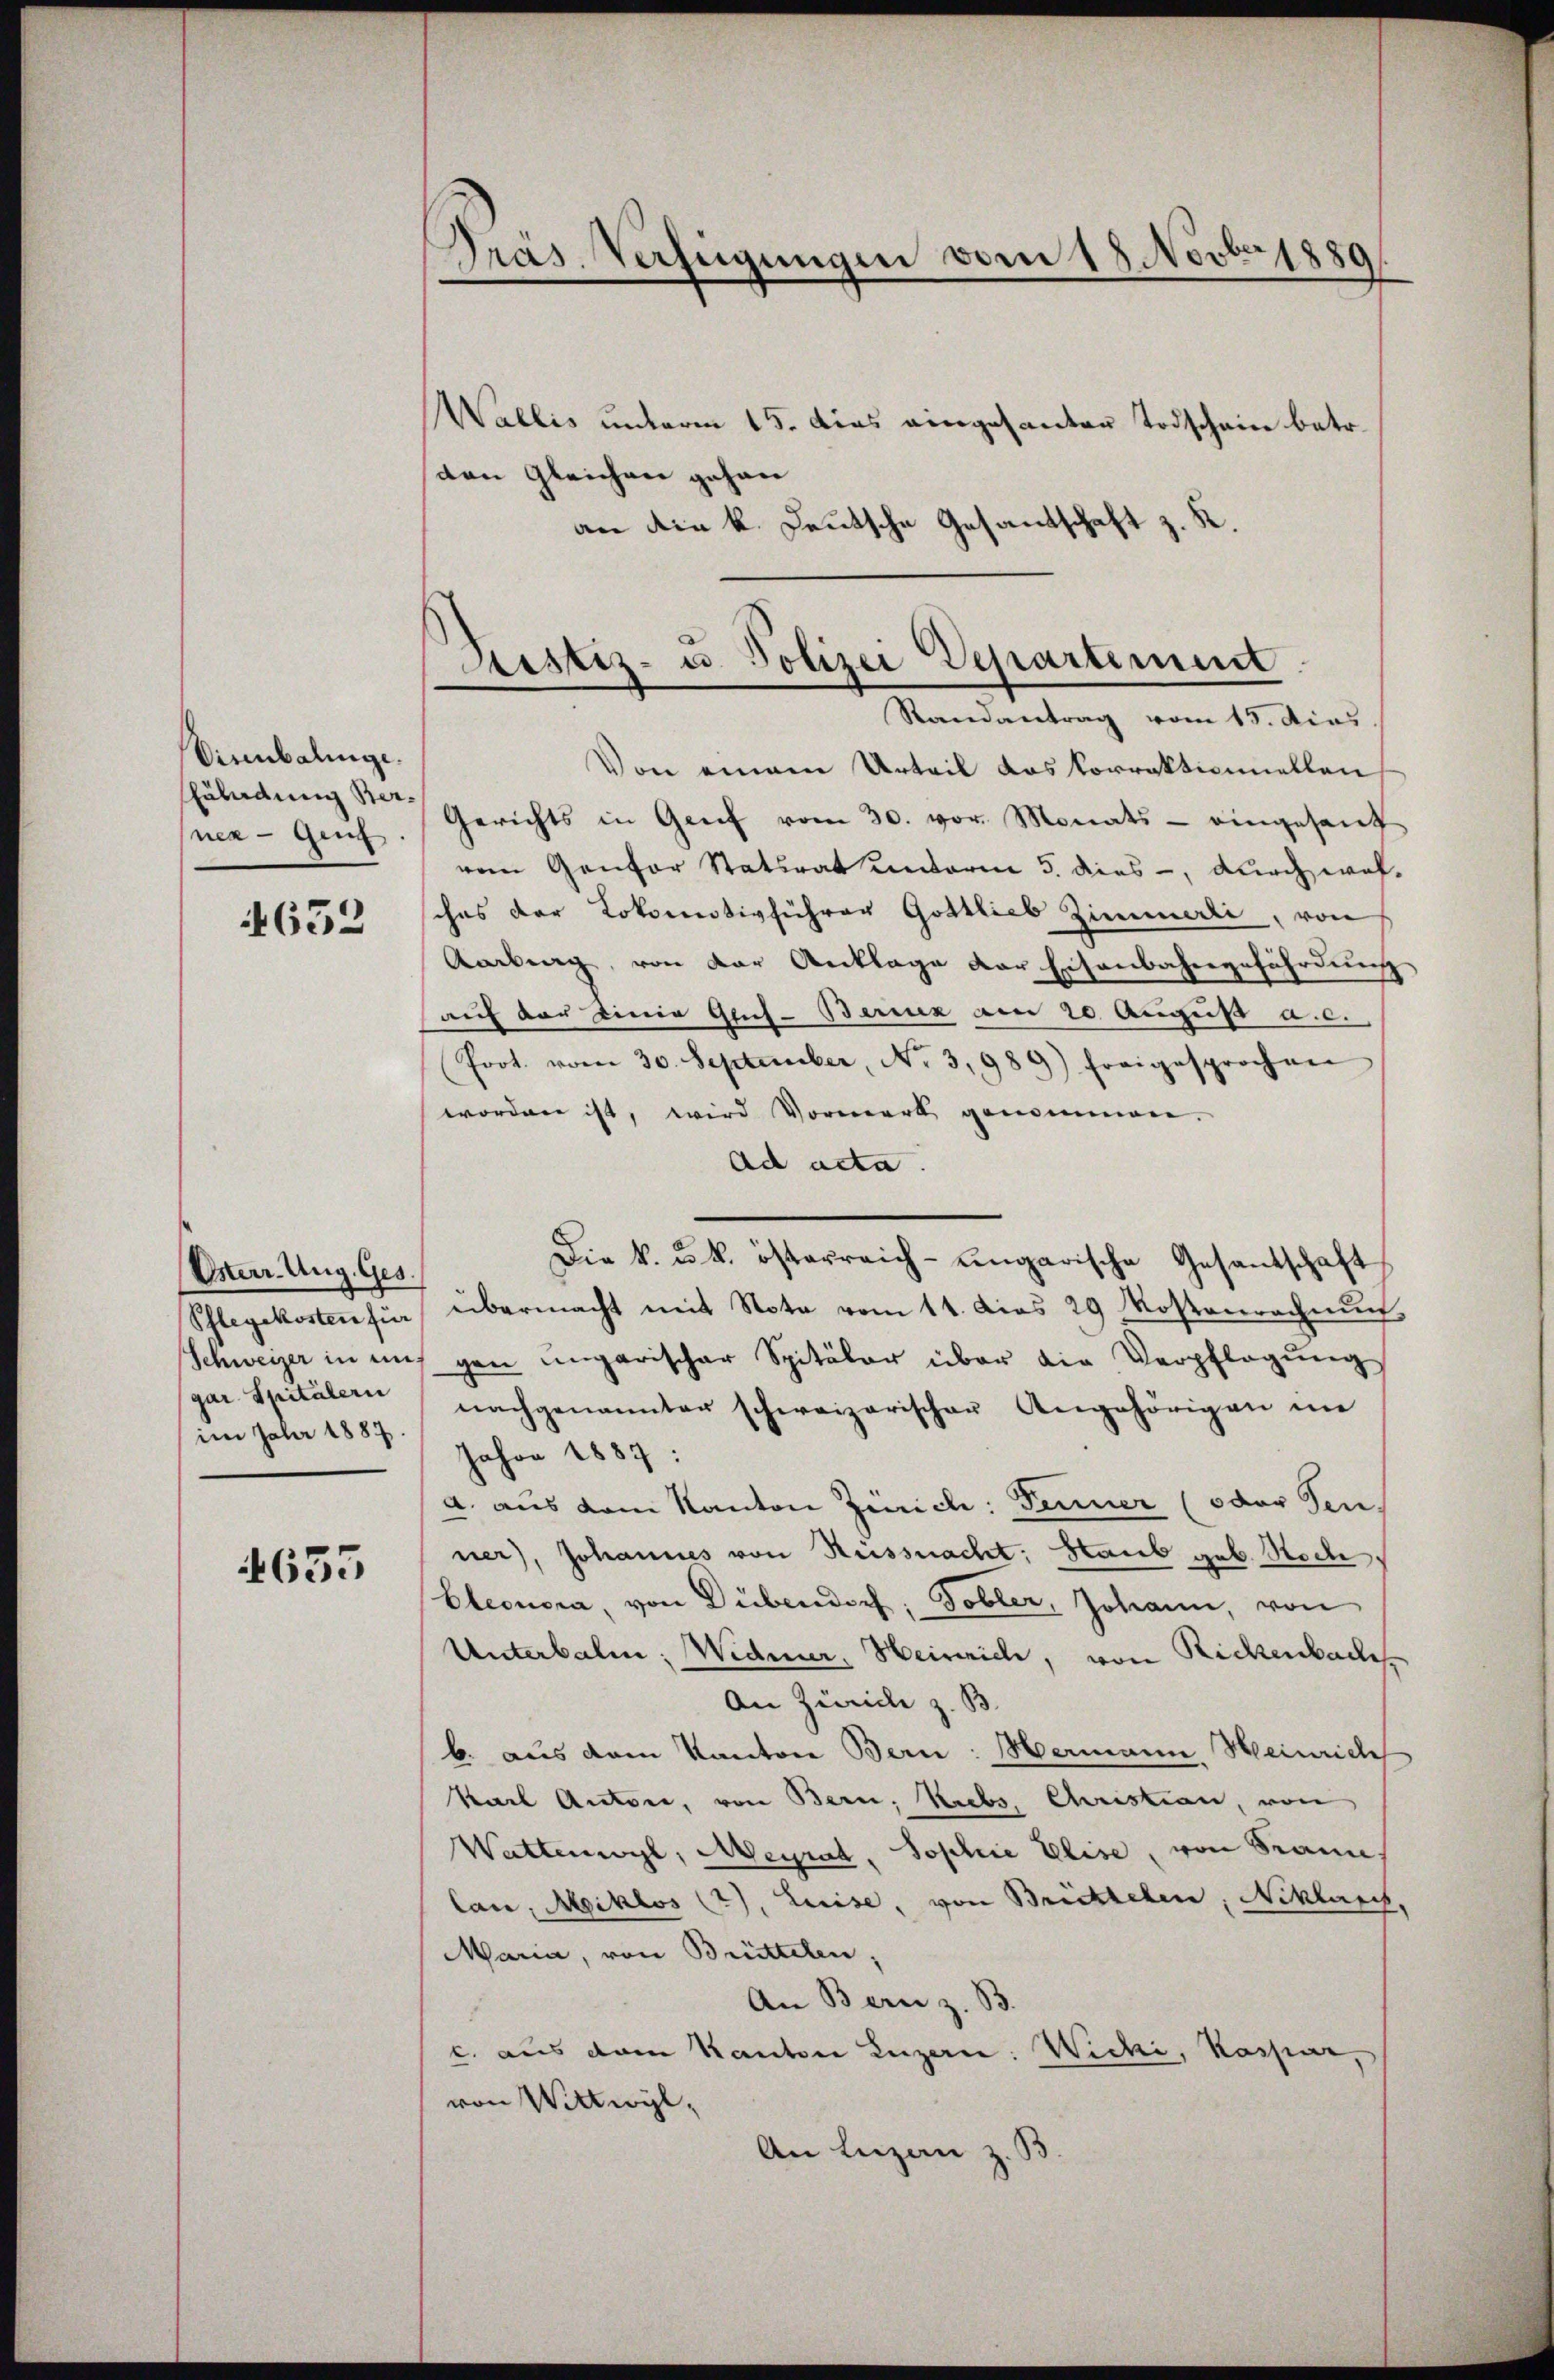
Visenbalinge.
sner - Genf

652

Osterr. Ung. Ges.
gar. Spitälern
im Jahr 1887.

4635

Präs. Verfügungen vom 18. Novber 1880

Sistiz- u. Polizei Departement
Randantrag vom 13. dies

Wallis unterm 15. dies eingesanter Todschein betr.
sten Gleichen gehan
an die k. Deutsche Gesantschaft z. K.
Von einem Urteil das korrektionnellen,
Eildŭngste Gerichts in Genf vom 30. vor. Monats - eingesanf
vom Gantor Statsrat unterm 5. dies, durch wahsches der Lokomotivführer Gottlieb Zimmerli, von
Aarburg, von der Anklage der Eisenbahngefährdung
auch der einig Guis-Berenz am 20. August a.c.
Prot. vom 30. September, No 3,989) freigesprochen
worden ist, wird Vormerk genommen.
Ad acta.
Die k. u. k. österreich-ungarische Gesantschaft
Schlegekosten für übermacht mit Note vom 11. dies 29 Mostenrechnŭn
Schweizer in uns gan ungarischer Spitäler über die Verpflegŭng
nachgenannter schweizerischen Angehörigen im
Jahre 1887:
a. aus dem Kanton Zürich: Fenner (oder Fenner), Johannes von Küssnacht: Staub geb. Stocke,
Eleonora, von Dübendorf; Tobler, Johann, von
Unterbalm; Widmer, Heinrich, von Rickenbach
An Zürich z. B.
b. aus dem Kanton Bern: Hermann, Heinrich
Karl Anton, von Bern, Krebs, Christian, von
Wattenwyl, Meyrat, Sophie Elise, von Brann,
Can, Miklos (2), Luise, von Brichtelen, Niklares,
Maria, von Brüttelen,
An Bern z. B.
c. aus dem Kanton Luzern: Wicki, Kaspar,
von Wittwyl,
An Luzan z. B.